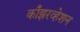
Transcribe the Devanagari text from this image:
काँझरव्हेशन